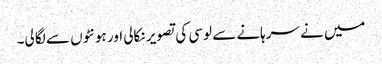
میں نے سرہانے سے لوسی کی تصویر نکالی اور ہونٹوں سے لگا لی۔